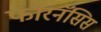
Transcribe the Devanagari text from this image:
फोरनॅसिस